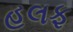
હલફ